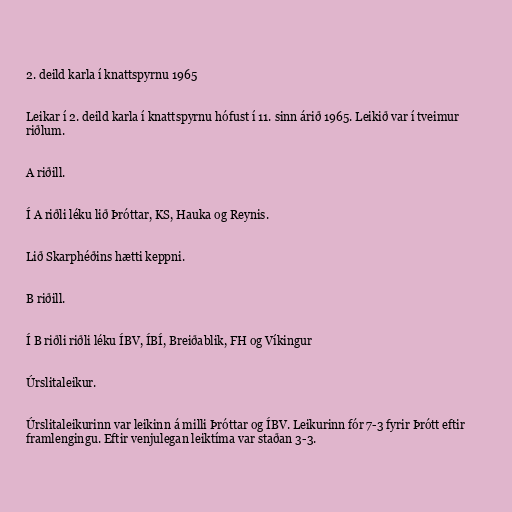
2. deild karla í knattspyrnu 1965

Leikar í 2. deild karla í knattspyrnu hófust í 11. sinn árið 1965. Leikið var í tveimur
riðlum.

A riðill.

Í A riðli léku lið Þróttar, KS, Hauka og Reynis.

Lið Skarphéðins hætti keppni.

B riðill.

Í B riðli riðli léku ÍBV, ÍBÍ, Breiðablik, FH og Víkingur

Úrslitaleikur.

Úrslitaleikurinn var leikinn á milli Þróttar og ÍBV. Leikurinn fór 7-3 fyrir Þrótt eftir
framlengingu. Eftir venjulegan leiktíma var staðan 3-3.